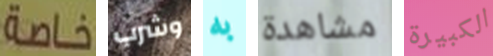
خاصة وشرب به مشاهدة الكبيرة